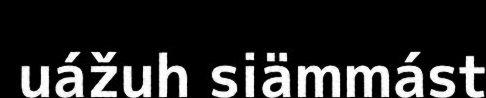
uážuh siämmást